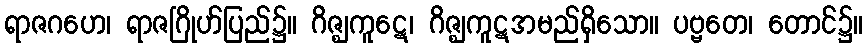
ရာဇဂဟေ၊ ရာဇဂြိုဟ်ပြည်၌။ ဂိဇ္ဈကူဋေ၊ ဂိဇ္ဈကူဋအမည်ရှိသော။ ပဗ္ဗတေ၊ တောင်၌။